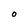
Character: O